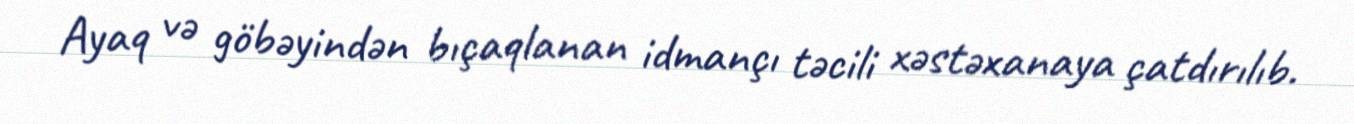
Ayaq və göbəyindən bıçaqlanan idmançı təcili xəstəxanaya çatdırılıb.